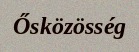
Ősközösség